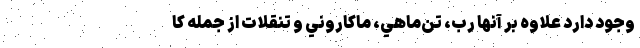
وجود دارد علاوه بر آنها رب، تن‌ماهي، ماكاروني و تنقلات از جمله كا